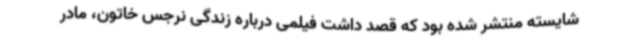
شایسته منتشر شده بود که قصد داشت فیلمی درباره زندگی نرجس خاتون، مادر